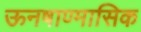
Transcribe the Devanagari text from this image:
ऊनषाण्मासिक